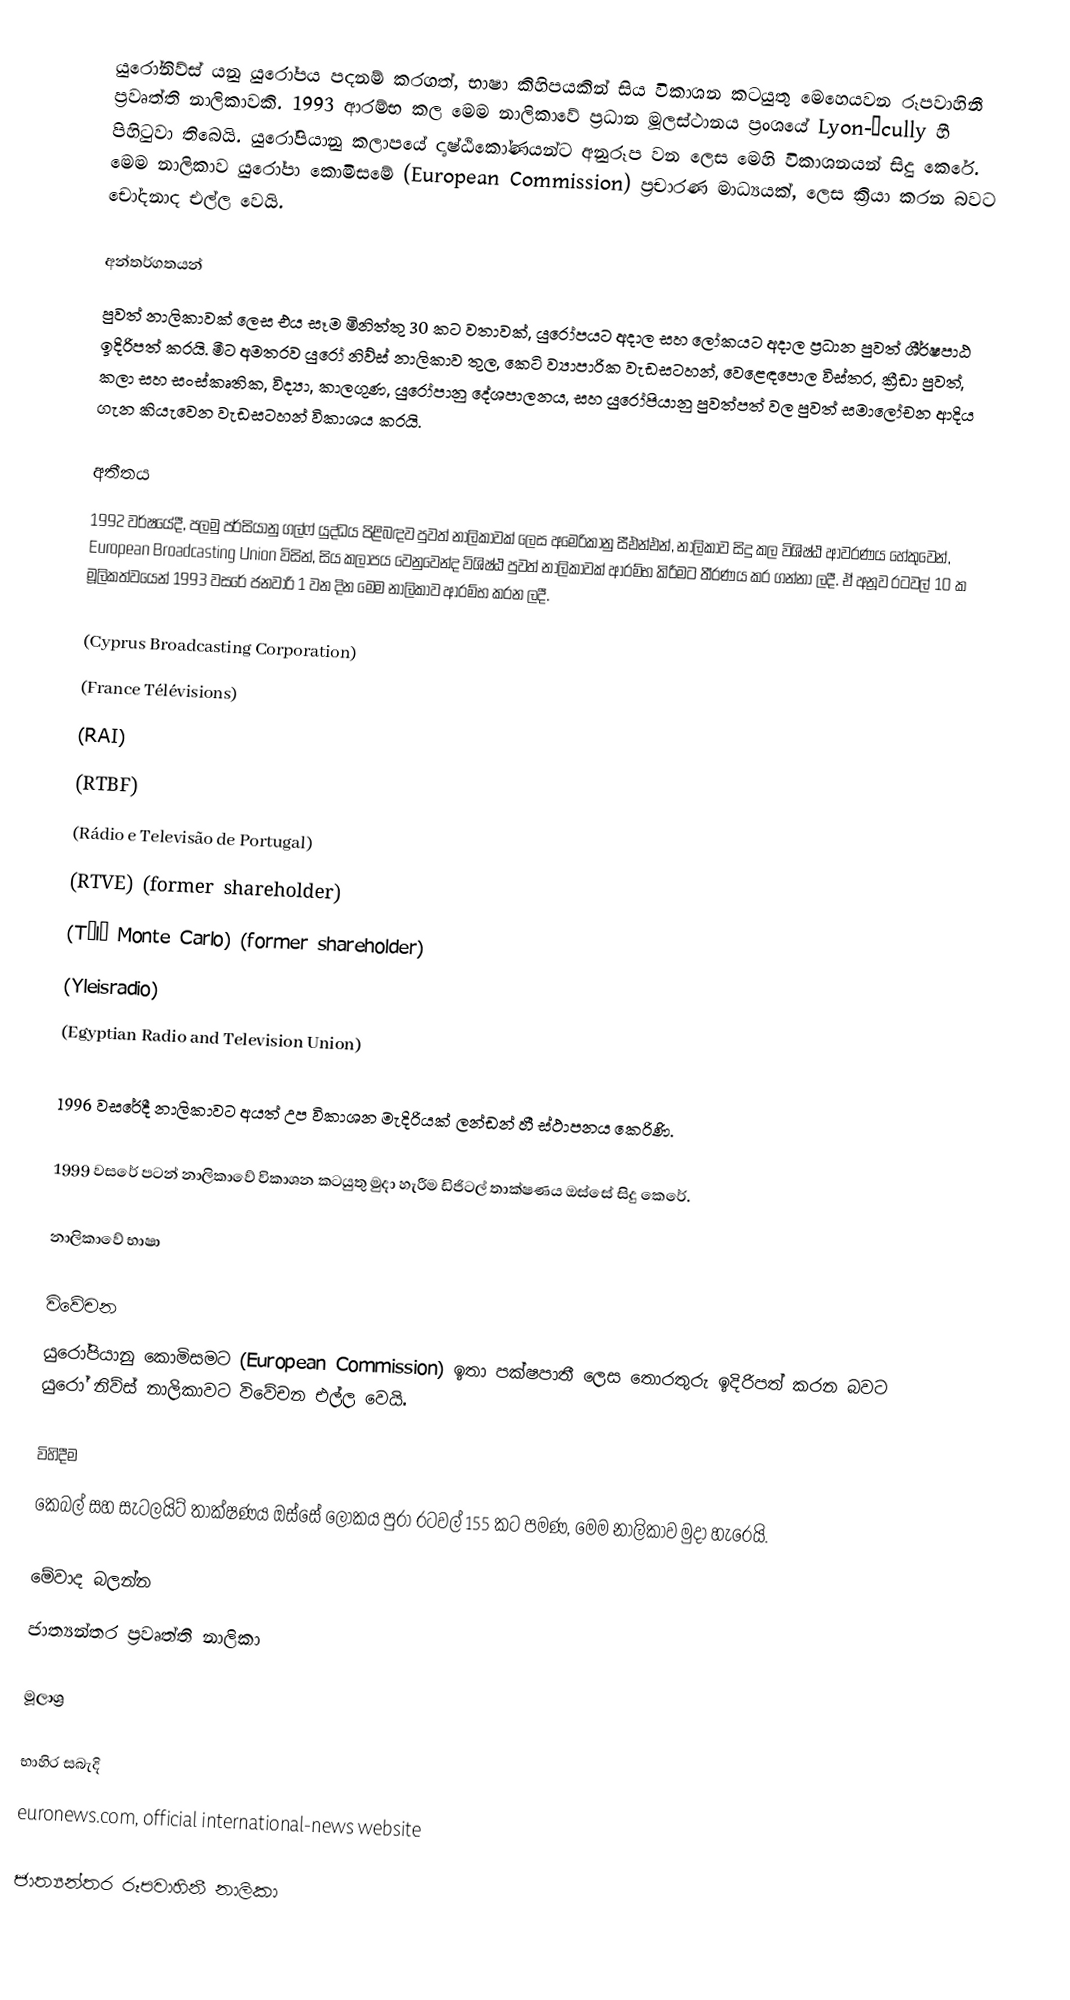
යුරෝනිව්ස් යනු යුරෝපය පදනම් කරගත්, භාෂා කිහිපයකින් සිය විකාශන කටයුතු මෙහෙයවන රූපවාහිනී ප්‍රවෘත්ති නාලිකාවකි. 1993 ආරම්භ කල මෙම නාලිකාවේ ප්‍රධාන මූලස්ථානය ප්‍රංශයේ Lyon-Écully හී පිහිටුවා තිබෙයි. යුරෝපියානු කලාපයේ දෘෂ්ඨිකෝණයන්ට අනුරූප වන ලෙස මෙහි විකාශනයන් සිදු කෙරේ. මෙම නාලිකාව යුරෝපා කොමිසමේ (European Commission) ප්‍රචාරණ මාධ්‍යයක්, ලෙස ක්‍රියා කරන බවට චෝදනාද එල්ල වෙයි.

අන්තර්ගතයන්
පුවත් නාලිකාවක් ලෙස එය සෑම මිනිත්තු 30 කට වතාවක්, යුරෝපයට අදාල සහ ලෝකයට අදාල ප්‍රධාන පුවත් ශීර්ෂපාඨ ඉදිරිපත් කරයි. මීට අමතරව යුරෝ නිව්ස් නාලිකාව තුල, කෙටි ව්‍යාපාරික වැඩසටහන්, වෙළෙඳපොල විස්තර, ක්‍රීඩා පුවත්, කලා සහ සංස්කෘතික, විද්‍යා, කාලගුණ, යුරෝපානු දේශපාලනය, සහ යුරෝපියානු පුවත්පත් වල පුවත් සමාලෝචන ආදිය ගැන කියැවෙන වැඩසටහන් විකාශය කරයි.

අතීතය
1992 වර්ෂයේදී, පලමු පර්සියානු ගල්ෆ් යුද්ධය පිළිබඳව පුවත් නාලිකාවක් ලෙස අමෙරිකානු සීඑන්එන්, නාලිකාව සිදු කල විශිෂ්ඨ ආවරණය හේතුවෙන්, European Broadcasting Union විසින්, සිය කලාපය වෙනුවෙන්ද විශිෂ්ඨ පුවත් නාලිකාවක් ආරම්භ කිරීමට තීරණය කර ගන්නා ලදී. ඒ අනූව රටවල් 10 ක මූලිකත්වයෙන් 1993 වසරේ ජනවාරි 1 වන දින මෙම නාලිකාව ආරම්භ කරන ලදී.

 (Cyprus Broadcasting Corporation)
 (France Télévisions)
 (RAI)
 (RTBF)
 (Rádio e Televisão de Portugal)
 (RTVE) (former shareholder)
 (Télé Monte Carlo) (former shareholder)
 (Yleisradio)
 (Egyptian Radio and Television Union)

1996 වසරේදී නාලිකාවට අයත් උප විකාශන මැදිරියක් ලන්ඩන් හී ස්ථාපනය කෙරිණි.

1999 වසරේ පටන් නාලිකාවේ විකාශන කටයුතු මුදා හැරීම ඩිජිටල් තාක්ෂණය ඔස්සේ සිදු කෙරේ.

නාලිකාවේ භාෂා

විවේචන
යුරෝපියානු කොමිසමට (European Commission) ඉතා පක්ෂපාතී ලෙස තොරතුරු ඉදිරිපත් කරන බවට යුරෝ නිව්ස් නාලිකාවට විවේචන එල්ල වෙයි.

විහිදීම
කෙබල් සහ සැටලයිට් තාක්ෂණය ඔස්සේ ලෝකය පුරා රටවල් 155 කට පමණ, මෙම නාලිකාව මුදා හැරෙයි.

මේවාද බලන්න
 ජාත්‍යන්තර ප්‍රවෘත්ති නාලිකා

මූලාශ්‍ර

භාහිර සබැදි
euronews.com, official international-news website

ජාත්‍යන්තර රූපවාහිනී නාලිකා